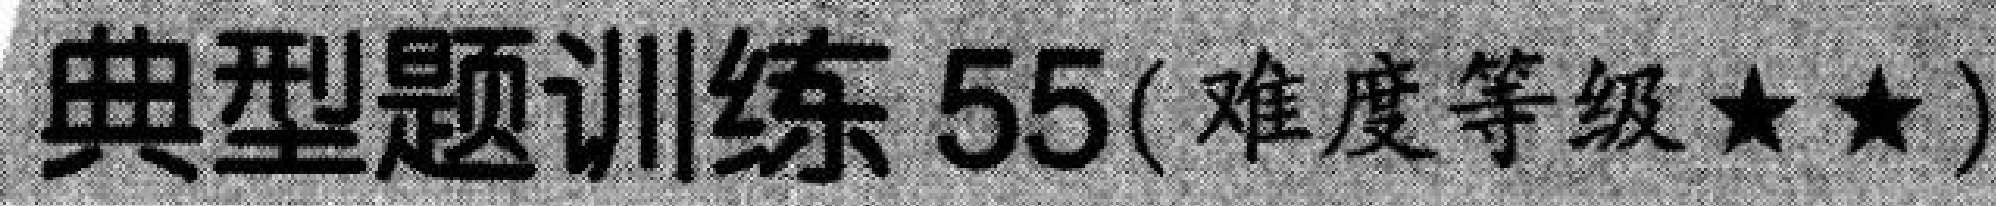
典型题训练 55(难度等级$\star\star$)